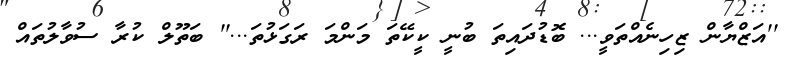
''އަޒްޔާން ޒިހިނެއްތަވީ... ބޮޑުދައިތަ ބުނީ ކީކޭތަ މަންމަ ރަގަޅުތަ...'' ބަތޫލް ކުރާ ސުވާލުތައް